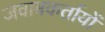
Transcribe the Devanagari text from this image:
जवाबकर्तायों